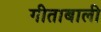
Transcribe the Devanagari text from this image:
गीताबाली